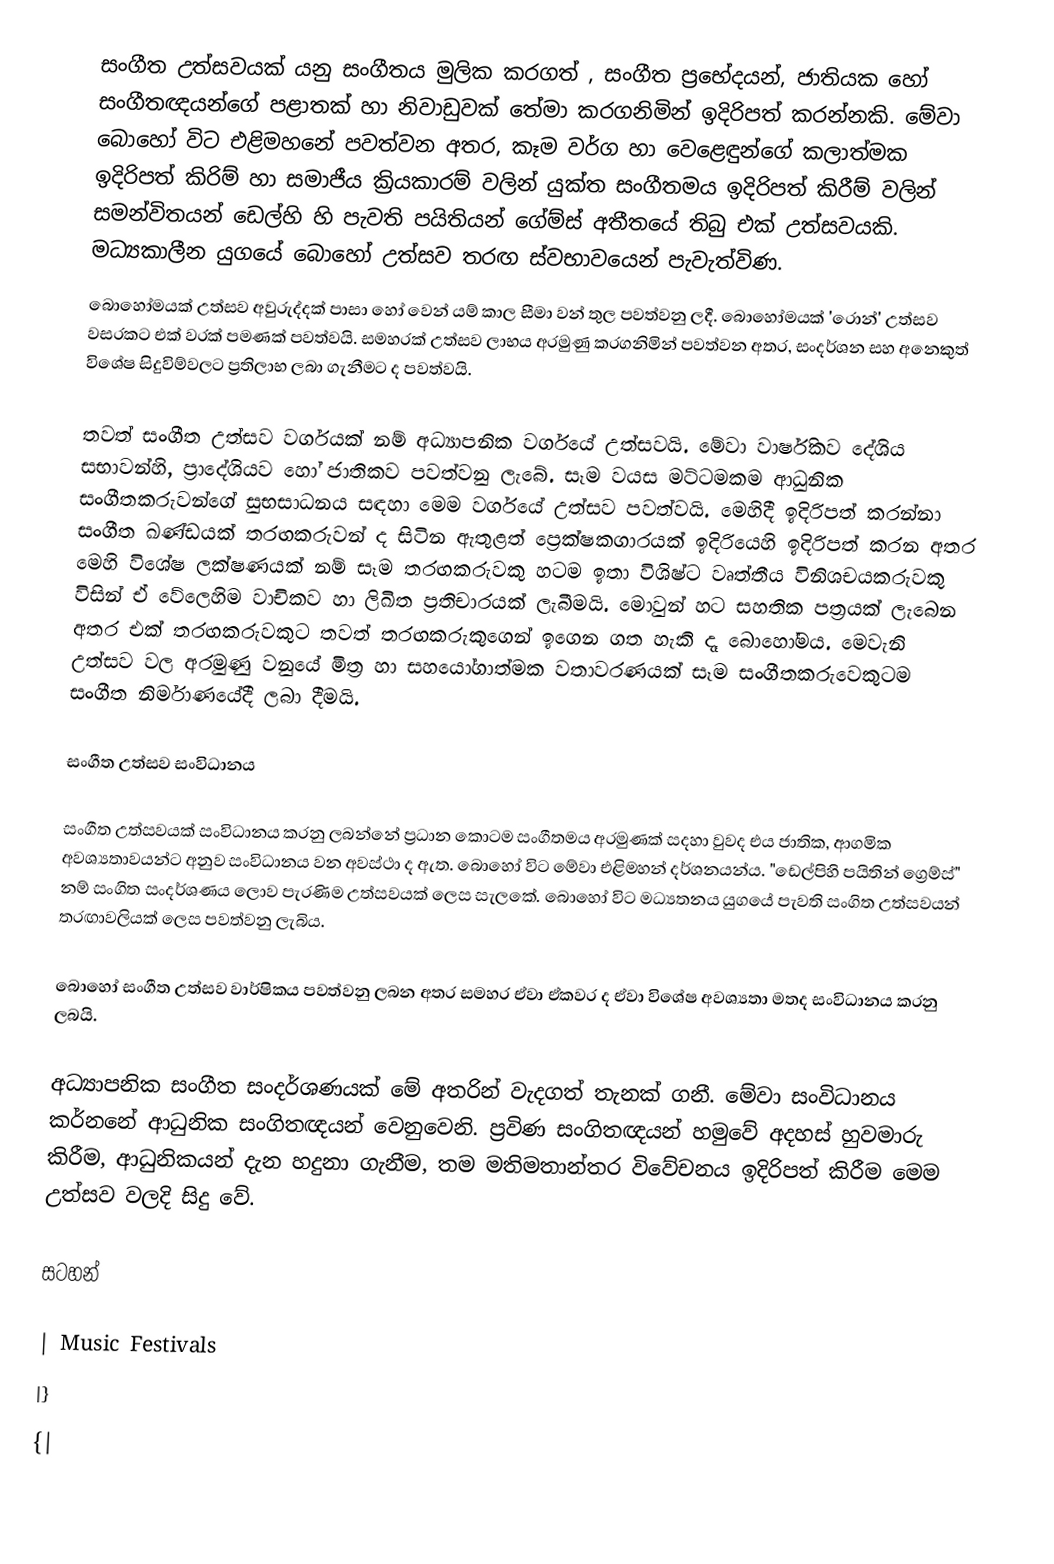
සංගීත උත්සවයක් යනු සංගීතය මුලික කරගත් , සංගීත ප්‍රභේදයන්, ජාතියක හෝ සංගීතඥයන්ගේ පළාතක් හා නිවාඩුවක් තේමා කරගනිමින් ඉදිරිපත් කරන්නකි. මේවා බොහෝ විට එළිමහනේ පවත්වන අතර, කෑම වර්ග හා වෙළෙඳුන්ගේ කලාත්මක ඉදිරිපත් කිරිම් හා සමාජීය ක්‍රියකාරම් වලින් යුක්ත සංගීතමය ඉදිරිපත් කිරීම් වලින් සමන්විතයන් ඩෙල්හි හි පැවති පයිතියන් ගේම්ස් අතීතයේ තිබු එක් උත්සවයකි. මධ්‍යකාලීන යුගයේ බොහෝ උත්සව තරඟ ස්වභාවයෙන් පැවැත්විණ.
බොහෝමයක් උත්සව අවුරුද්දක් පාසා හෝ වෙන් යම් කාල සීමා වන් තුල පවත්වනු ලදී. බොහෝමයක් 'රොන්' උත්සව වසරකට එක් වරක් පමණක් පවත්වයි. සමහරක් උත්සව ලාභය අරමුණු කරගනිමින් පවත්වන අතර, සංදර්ශන සහ අනෙකුත් විශේෂ සිදුවිම්වලට ප්‍රතිලාභ ලබා ගැනීමට ද පවත්වයි.

තවත් සංගීත උත්සව වර්ගයක් නම් අධ්‍යාපනික වර්ගයේ උත්සවයි. මේවා වාර්ෂිකව දේශිය සභාවන්හි,  ප්‍රාදේශියව හෝ ජාතිකව පවත්වනු ලැබේ. සෑම වයස මට්ටමකම ආධුනික සංගීතකරුවන්ගේ සුභසාධනය සඳහා මෙම වර්ගයේ උත්සව පවත්වයි. මෙහිදී ඉදිරිපත් කරන්නා සංගීත ඛණ්ඩයක් තරඟකරුවන් ද සිටින ඇතුළත් ප්‍රෙක්ෂකගාරයක් ඉදිරියෙහි ඉදිරිපත් කරන අතර මෙහි වි‍ශේෂ ලක්ෂණයක් නම් සෑම තරඟකරුවකු හටම ඉතා විශිෂ්ට වෘත්තීය විනිශචයකරුවකු විසින් ඒ ‍වේලෙහිම  වාචිකව හා ලිඛිත  ප්‍රතිචාරයක් ලැබීමයි. මොවුන් හට සහතික පත්‍රයක් ලැබෙන අතර එක් තරඟකරුවකුට තවත් තරඟකරුකුගෙන් ඉගෙන ගත හැකි දෑ බොහෝමය. මෙවැනි උත්සව වල අරමුණු වනුයේ මිත්‍ර හා සහයෝගාත්මක වතාවරණයක් සෑම සංගීතකරුවෙකුටම සංගීත නිර්මාණයේදී ලබා දීමයි.

සංගීත උත්සව සංවිධානය

සංගීත උත්සවයක් සංවිධානය කරනු ලබන්නේ ප්‍රධාන කොටම සංගීතමය අරමුණක් සදහා වුවද එය ජාතික, ආගමික අවශ්‍යතාවයන්ට අනුව සංවිධානය වන අවස්ථා ද ඇත. බොහෝ විට මේවා එළිමහන් දර්ශනයන්ය.  "ඩෙල්පිහි පයිතින් ග්‍රෙම්ස්"  නම් සංගිත සංදර්ශණය ලොව පැරණිම උත්සවයක් ලෙස සැලකේ.  බොහෝ විට මධ්‍යතනය යුගයේ පැවති සංගිත උත්සවයන් තරඟාවලියක් ලෙස පවත්වනු ලැබිය.

බොහෝ සංගීත උත්සව වාර්ෂිකය පවත්වනු ලබන අතර සමහර ඒවා ඒකවර ද ඒවා විශේෂ අවශ්‍යතා මතද සංවිධානය කරනු ලබයි.

අධ්‍යාපනික සංගීත සංදර්ශණයක් මේ අතරින් වැදගත් තැනක් ගනී. මේවා සංවිධානය කර්නනේ ආධුනික සංගිතඥයන් වෙනුවෙනි. ප්‍රවිණ සංගිතඥයන් හමුවේ අදහස් හුවමාරු කිරීම, ආධුනිකයන් දැන හදුනා ගැනීම, තම මතිමතාන්තර විවේචනය ඉදිරිපත් කිරීම මෙම උත්සව වලදි සිදු වේ.

සටහන්

| Music Festivals
|}
{|